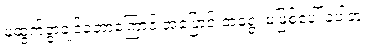
မထွက်ခွာချင်ခဲ့တာကြောင့် အပြောင်းအရွေ့ မဖြစ်ပေါ်ခဲ့ပါဘူး။